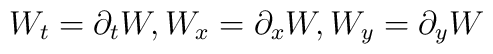
W_t=\partial_t W, W_x=\partial_x W, W_y=\partial_y W